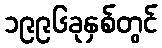
၁၉၉၆ခုနှစ်တွင်